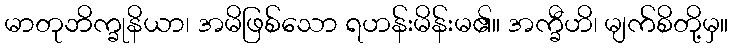
မာတုဘိက္ခုနိယာ၊ အမိဖြစ်သော ရဟန်းမိန်းမ၏။ အက္ခီဟိ၊ မျက်စိတို့မှ။